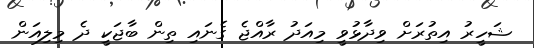
ޝަހީރު އިތުރަށް ވިދާޅުވީ މިއަދު ރާއްޖެ ގެނައި ތިން ބާޖަކީ ދެ މިލިއަން